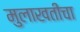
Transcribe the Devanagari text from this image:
मुलाखतीचा